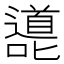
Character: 㘏